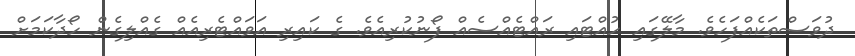
ދުވަސްތަކެއްފަހެވެ. މާލޭގައި ހުއްޓައި ރައްޓެއްސެއް ފޯނުކުރިއެވެ. ގެ ކައިރި އަވައްޓެރިއެއް ގެއްލިގެން ހޯދާކަމަށް